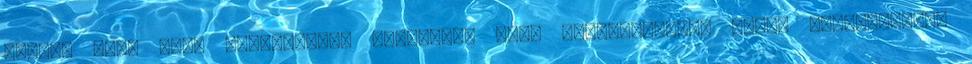
vélik, csak így, ágazatoktól független nagy összefogással lehet eredményeket